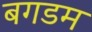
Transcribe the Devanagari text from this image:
बगडम